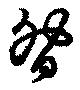
昝